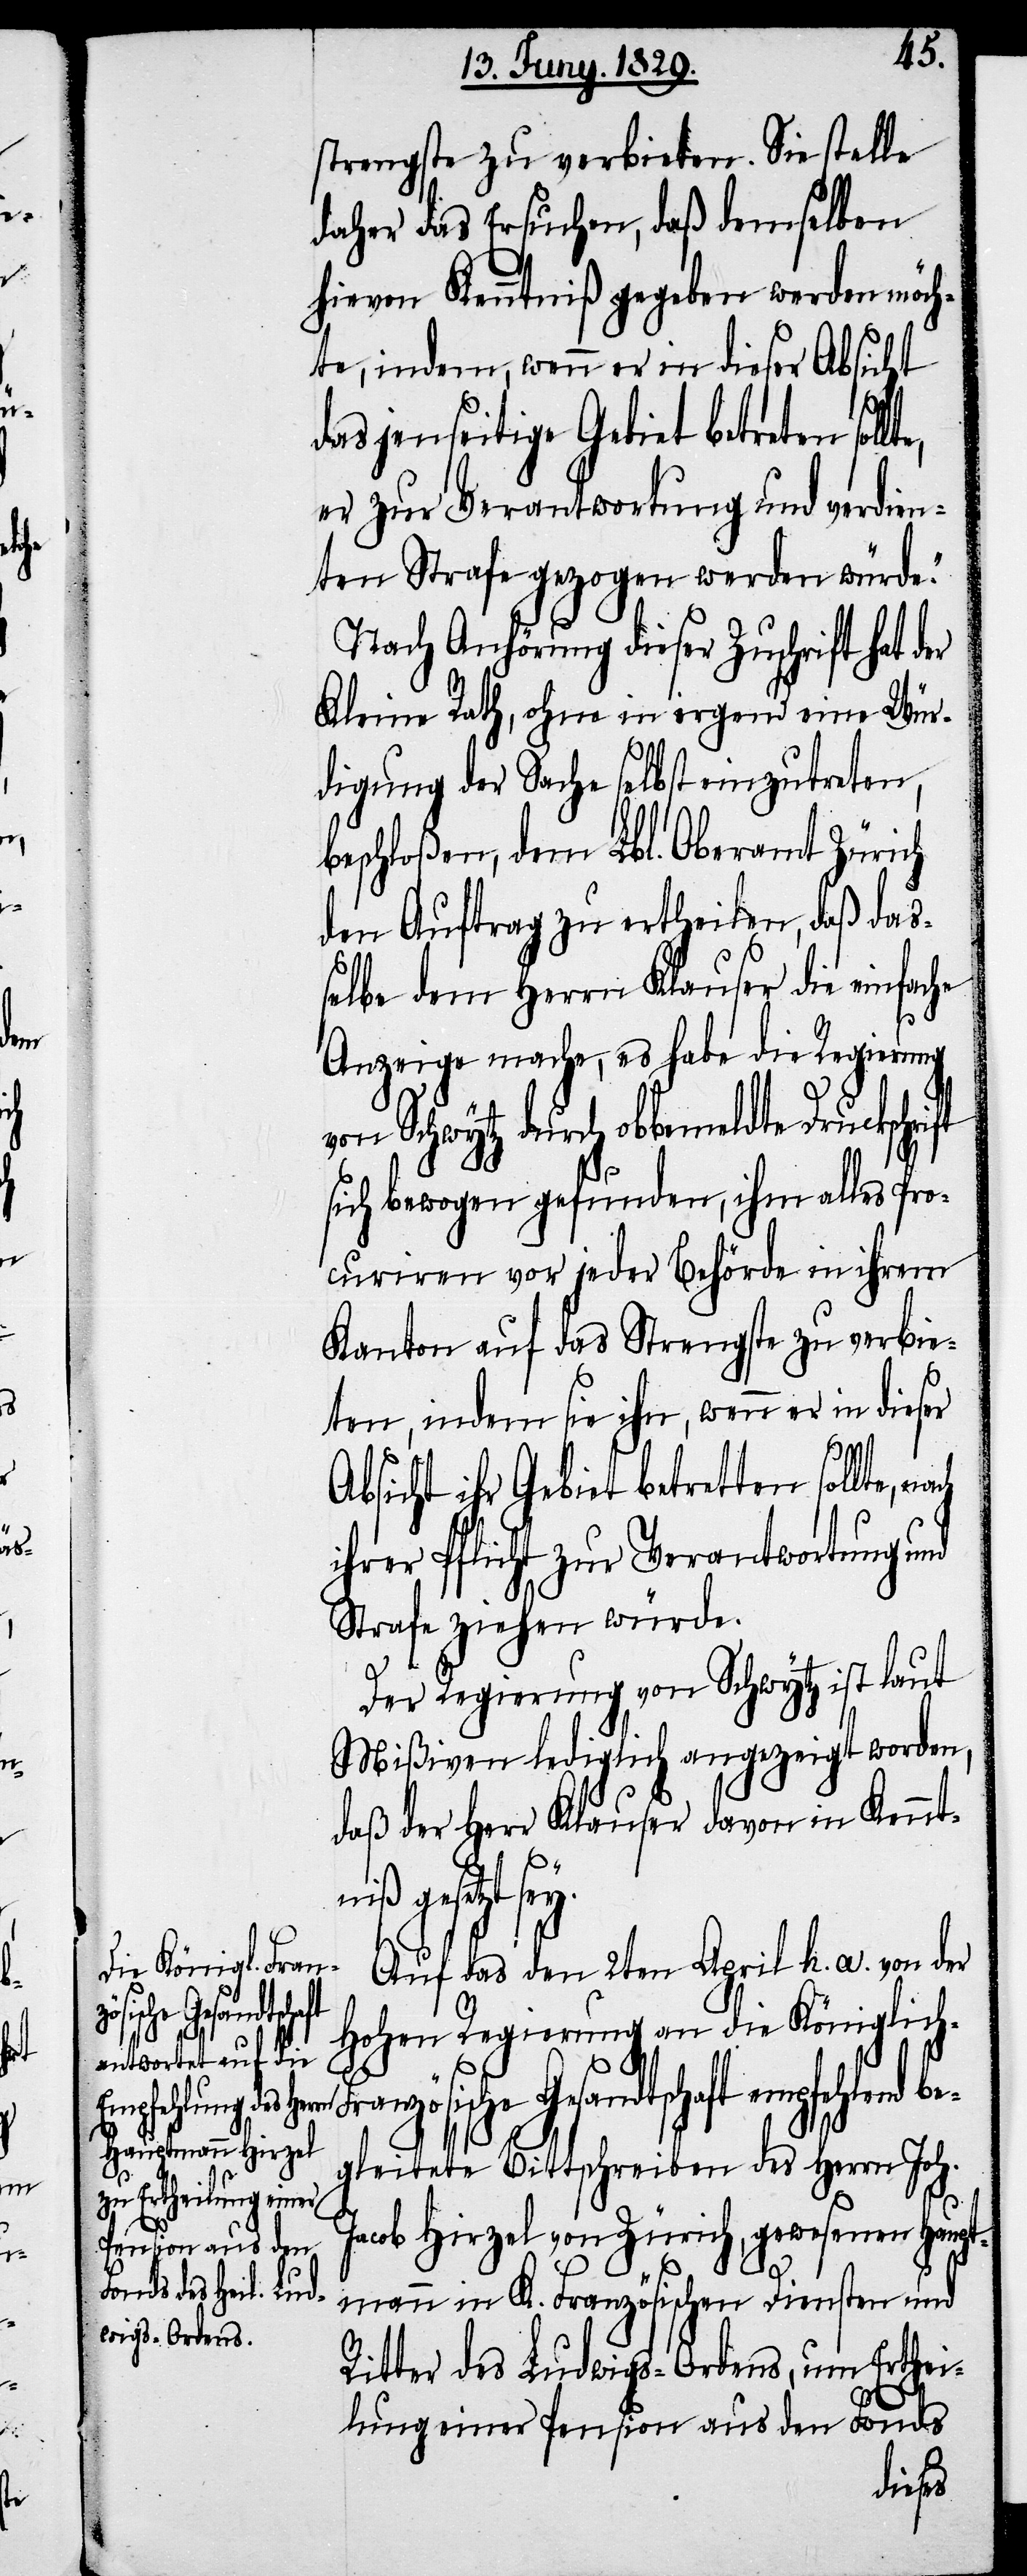
he

strengste zu verbieten. Sie stelle
daher das Ersuchen, daß demselben
hievon Kenntniß gegeben werden möch¬
te, indem, wenn er in dieser Absicht
ft
das jenseitige Gebiet betreten soll¬
er zur Verantwortung und verdien¬
ten Strafe gezogen werden würde.“
Nach Anhörung dieser Zuschrift hat d¬
Kleine Rath, ohne in irgend eine Wür¬
digung der Sache selbst einzutreten,
beschloßen dem Lbl. Oberamt Zürich
den Auftrag zu ertheilen, daß das¬
selbe dem Herrn Klauser die einfac¬
Anzeige mache, es habe die Regierung
von Schwytz durch obbemeldte Druckschri¬
sich bewogen gefunden, ihm alles Pro¬
curiren vor jeder Behörde in ihrem
Kanton auf das Strengste zu verbie¬
ten, indem sie ihn, wenn er in dieser
Absicht ihr Gebiet betretten sollte,
ihrer Pflicht zur Verantwortung und
Strafe ziehen würde.
Der Regierung von Schwytz ist laut
Mißiven lediglich angezeigt worden,
daß der Herr Klauser davon in Kennt¬
niß gesetzt sey.
Auf das den 2ten April h. a. von der
Hohen Regierung an die Königlich-F¬
schaft empfehlend be¬
gleitete Bittschreiben des Herrn Joh.
Jacob Hirzel von Zürich, gewesenen Haup¬
tmann in K. Französischen Diensten und
Ritter des Ludwigs-Ordens, um Erthei¬
lung einer Pension aus den Fonds